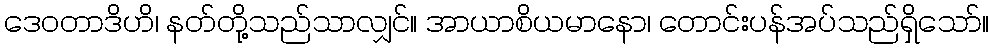
ဒေဝတာဒိဟိ၊ နတ်တို့သည်သာလျှင်။ အာယာစိယမာနော၊ တောင်းပန်အပ်သည်ရှိသော်။